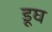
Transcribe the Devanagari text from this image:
डूघ